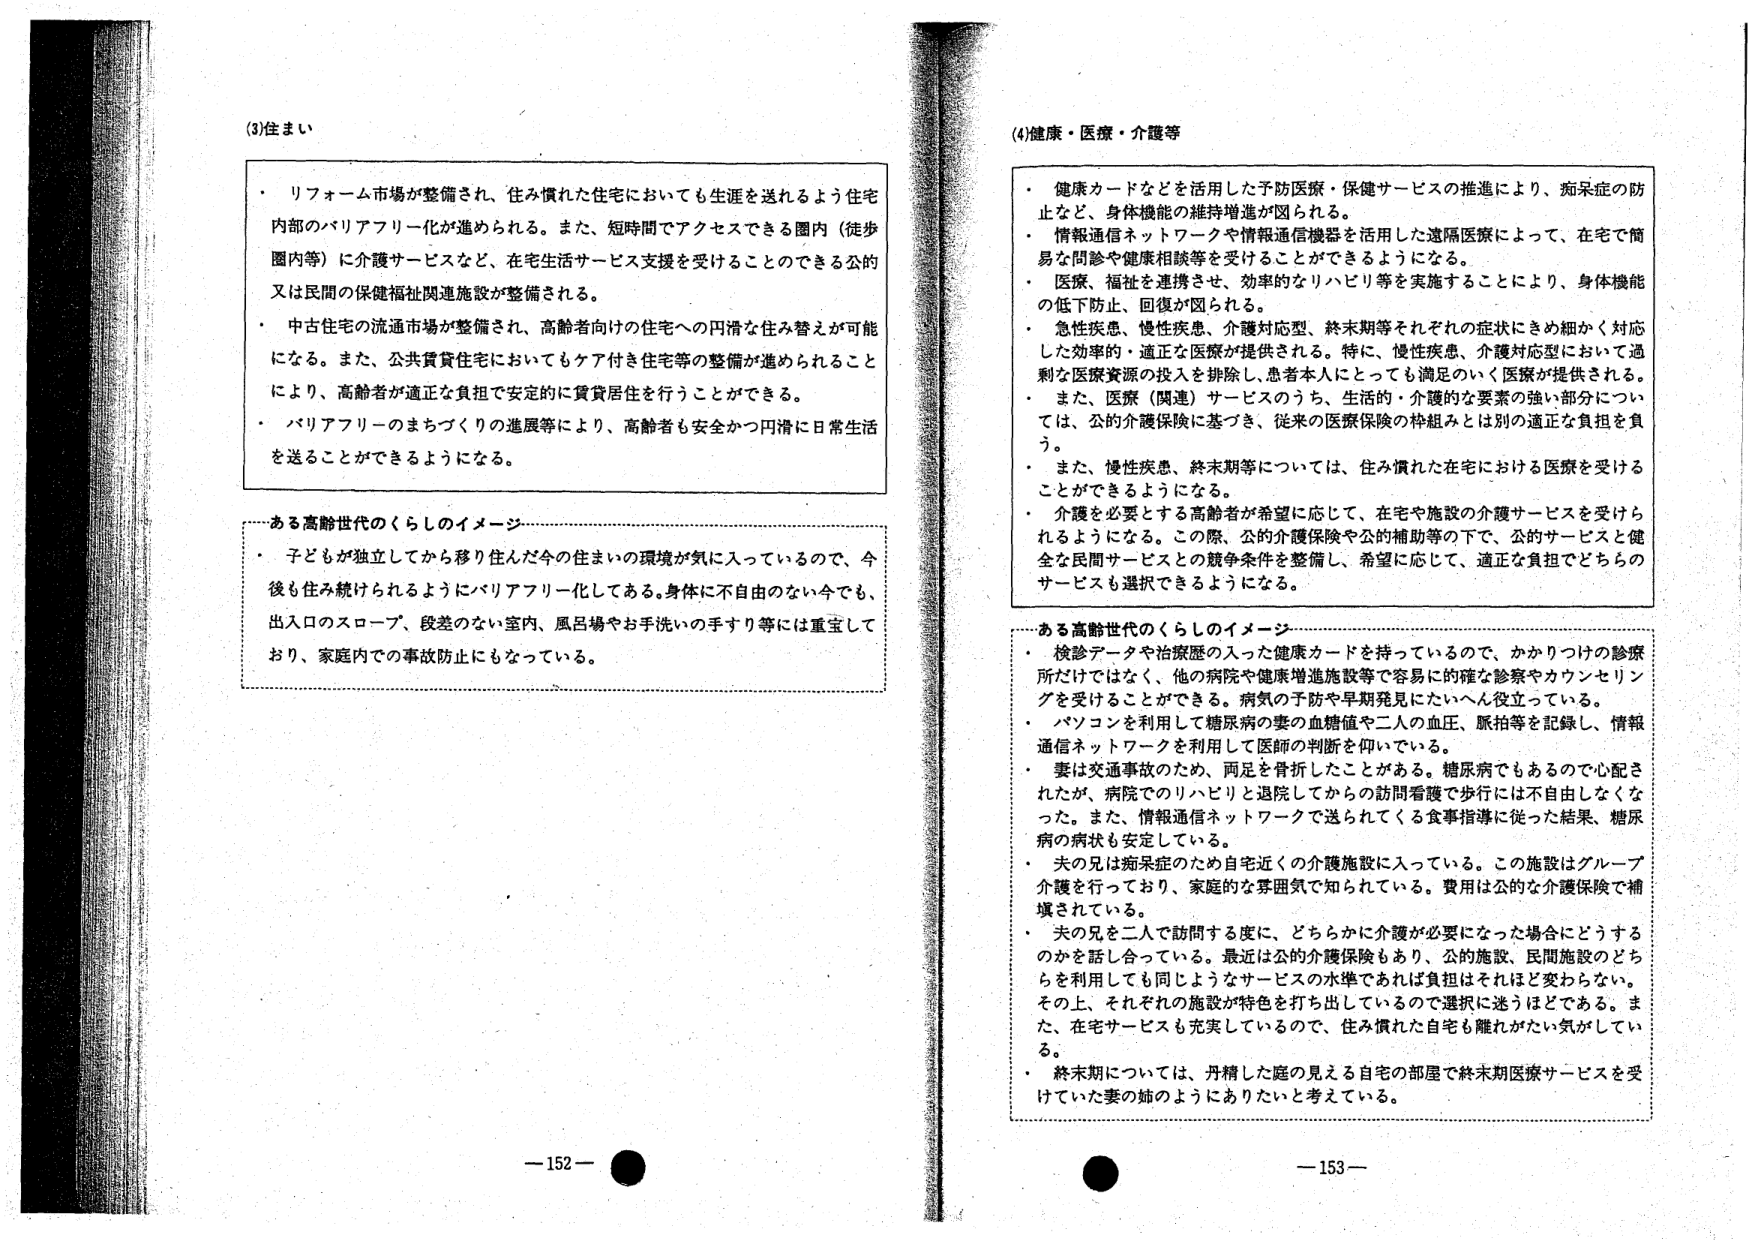
(3)住まい

・リフォーム市場が整備され、住み慣れた住宅においても生涯を送れるよう住宅内部のバリアフリー化が進められる。また、短時間でアクセスできる圏内（徒歩圏内等）に介護サービスなど、在宅生活サービス支援を受けることのできる公的又は民間の保健福祉関連施設が整備される。

・中古住宅の流通市場が整備され、高齢者向けの住宅への円滑な住み替えが可能になる。また、公共賃貸住宅においてもケア付き住宅等の整備が進められることにより、高齢者が適正な負担で安定的に賃貸居住を行うことができる。

・バリアフリーのまちづくりの進展等により、高齢者も安全かつ円滑に日常生活を送ることができるようになる。

――ある高齢世代のくらしのイメージ――

・子どもが独立してから移り住んだ今の住まいの環境が気に入っているので、今後も住み続けられるようにバリアフリー化してある。身体に不自由のない今でも、出入口のスロープ、段差のない室内、風呂場やお手洗いの手すり等には重宝しており、家庭内での事故防止にもなっている。

(4)健康・医療・介護等

・健康カードなどを活用した予防医療・保健サービスの推進により、痴呆症の防止など、身体機能の維持増進が図られる。

・情報通信ネットワークや情報通信機器を活用した遠隔医療によって、在宅で簡易な問診や健康相談等を受けることができるようになる。

・医療、福祉を連携させ、効率的なりハビリ等を実施することにより、身体機能の低下防止、回復が図られる。

・急性疾患、慢性疾患、介護対応型、終末期等それぞれの症状にきめ細かく対応した効率的・適正な医療が提供される。特に、慢性疾患、介護対応型において過剰な医療資源の投入を排除し、患者本人にとっても満足のいく医療が提供される。

・また、医療（関連）サービスのうち、生活的・介護的な要素の強い部分については、公的介護保険に基づき、従来の医療保険の枠組みとは別の適正な負担を負う。

・また、慢性疾患、終末期等については、住み慣れた在宅における医療を受けることができるようになる。

・介護を必要とする高齢者が希望に応じて、在宅や施設の介護サービスを受けられるようになる。この際、公的介護保険や公的補助等の下で、公的サービスと健全な民間サービスとの競争条件を整備し、希望に応じて、適正な負担でどちらのサービスも選択できるようになる。

――ある高齢世代のくらしのイメージ――

・検診データや治療歴の入った健康カードを持っているので、かかりつけの診療所だけではなく、他の病院や健康増進施設等で容易に的確な診察やカウンセリングを受けることができる。病気の予防や早期発見にたいへん役立っている。

・パソコンを利用して糖尿病の妻の血糖値や二人の血圧、脈拍等を記録し、情報通信ネットワークを利用して医師の判断を仰いでいる。

・妻は交通事故のため、両足を骨折したことがある。糖尿病でもあるので心配されたが、病院でのリハビリと退院してからの訪問看護で歩行には不自由しなくなった。また、情報通信ネットワークで送られてくる食事指導に従った結果、糖尿病の病状も安定している。

・夫の兄は痴呆症のため自宅近くの介護施設に入っている。この施設はグループ介護を行っており、家庭的な雰囲気で知られている。費用は公的な介護保険で補填されている。

・夫の兄を二人で訪問する度に、どちらかに介護が必要になった場合にどうするのかを話し合っている。最近は公的介護保険もあり、公的施設、民間施設のどちらも利用しても同じようなサービスの水準であれば負担はそれほど変わらない。その上、それぞれの施設が特色を打ち出しているので選択に迷うほどである。また、在宅サービスも充実しているので、住み慣れた自宅も離れがたい気がしている。

・終末期については、丹精した庭の見える自宅の部屋で終末期医療サービスを受けていた妻の姉のようにありたいと考えている。

－152－

－153－